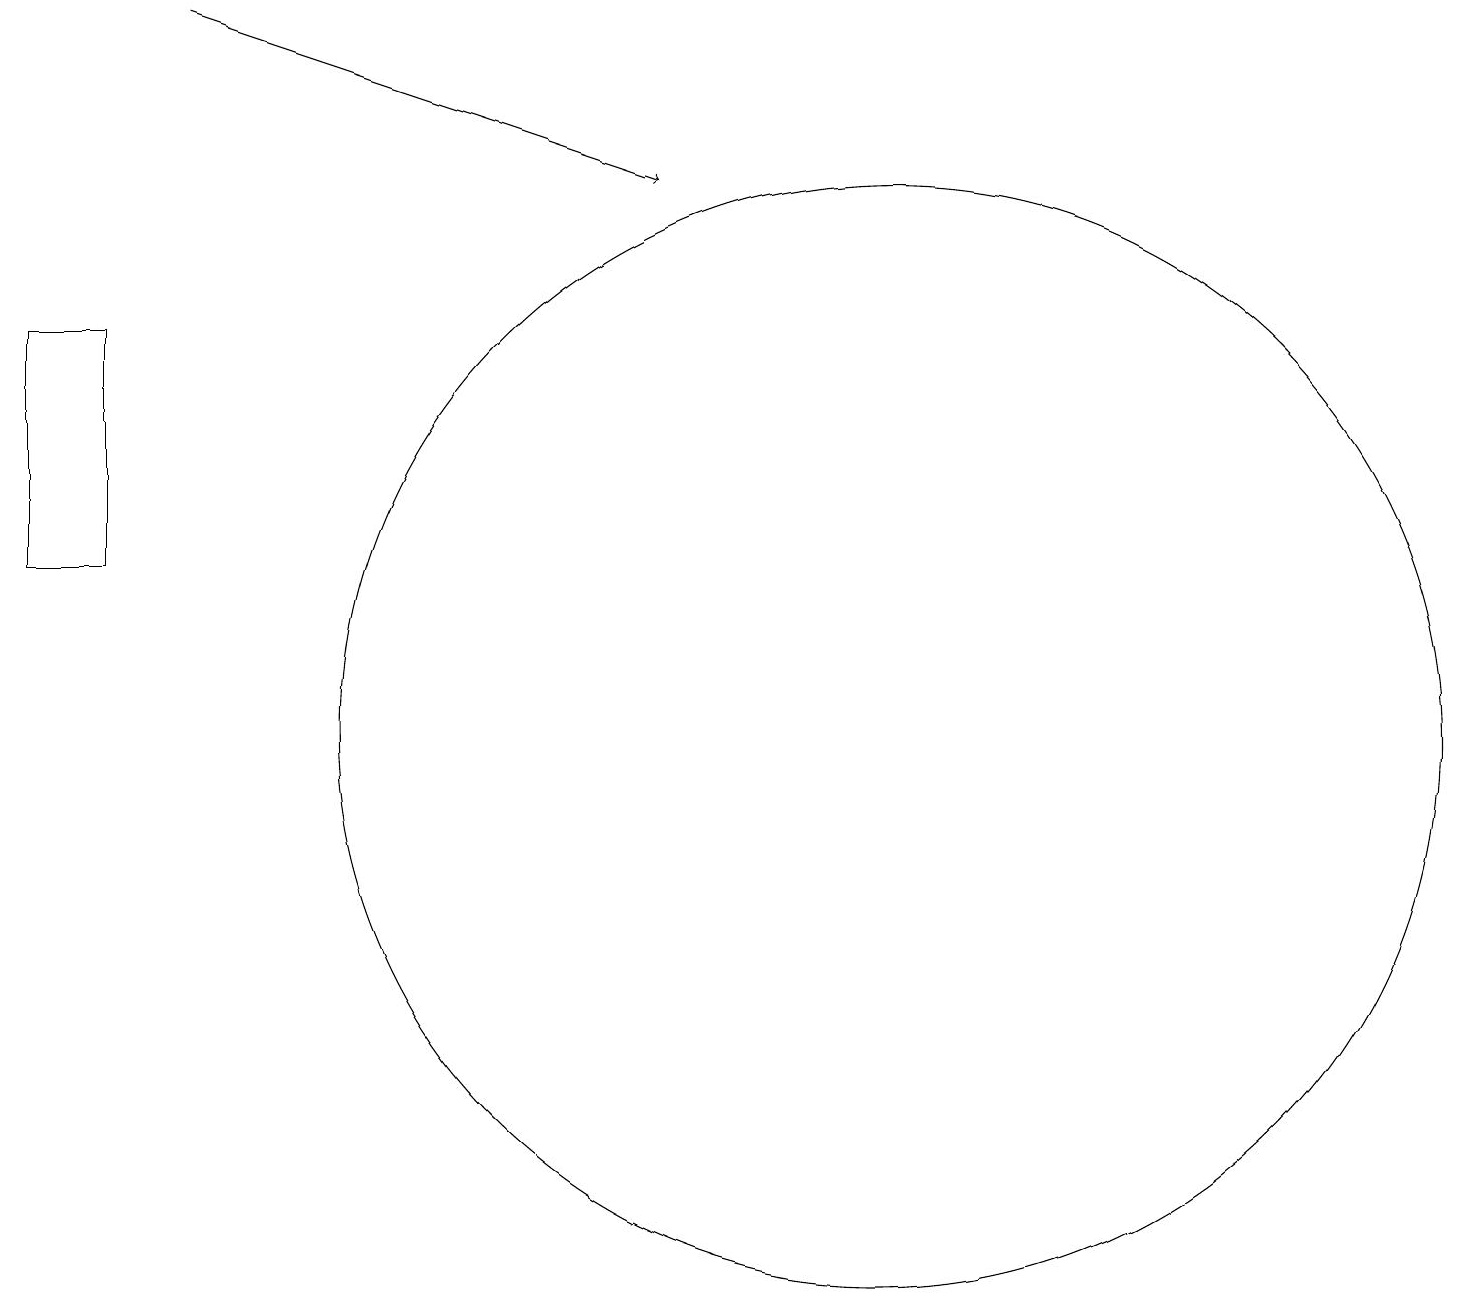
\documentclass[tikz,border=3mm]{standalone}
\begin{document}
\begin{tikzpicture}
\draw (11,10) circle (0);
\draw[->] (2,19) -- (8,17);
\draw (11,10) circle (7);
\draw (0,15) rectangle (1,12);
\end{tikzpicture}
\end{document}